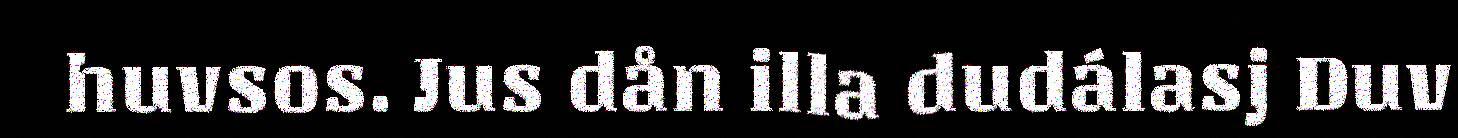
huvsos. Jus dån illa dudálasj Duv